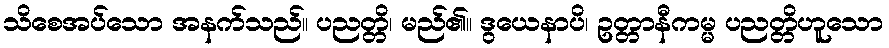
သိစေအပ်သော အနက်သည်။ ပညတ္တိ၊ မည်၏။ ဒွယေနာပိ၊ ဥတ္တာနီကမ္မ ပညတ္တိဟူသော